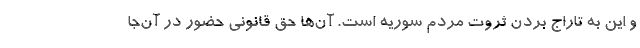
و این به تاراج بردن ثروت مردم سوریه است. آن‌ها حق قانونی حضور در آن‌جا